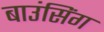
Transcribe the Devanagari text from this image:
बाउंसिंग